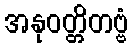
အနုဝတ္တိတဗ္ဗံ